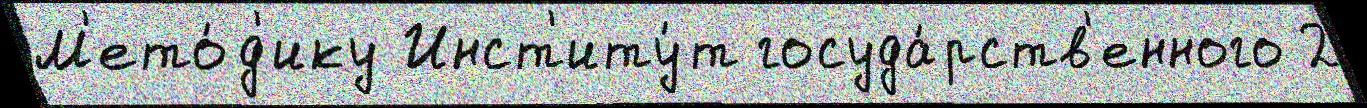
М'ето́д'ику Инст'иту́т госуда́рств'енного 2